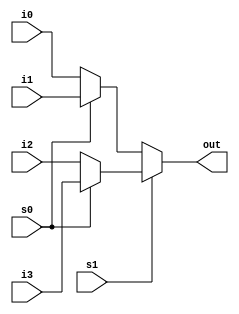
`timescale 1ns / 1ps
//////////////////////////////////////////////////////////////////////////////////
// Company: 
// Engineer: 
// 
// Design Name: 
// Module Name: logic2_mux4_to_1
// Project Name: 
// Target Devices: 
// Tool Versions: 
// Description: 
// 
// Dependencies: 
// 
// Revision:
// Revision 0.01 - File Created
// Additional Comments:
// 
//////////////////////////////////////////////////////////////////////////////////

// , 
// 
module logic2_mux4_to_1(output out, input i0,i1,i2,i3, input s1,s0);

assign out = s1 ? ( s0 ? i3 : i2 ) : ( s0 ? i1 : i0 ) ;

endmodule